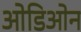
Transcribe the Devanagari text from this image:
ओडिओन